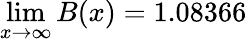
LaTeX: \operatorname*{lim}_{x\to\infty}B(x)=1.08366